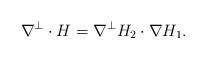
LaTeX: \begin{align*} \nabla^\perp\cdot H=\nabla^\perp H_2 \cdot \nabla H_1.\end{align*}